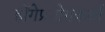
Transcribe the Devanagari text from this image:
होंगेप्रयोगकर्ता